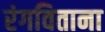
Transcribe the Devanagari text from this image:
रंगविताना